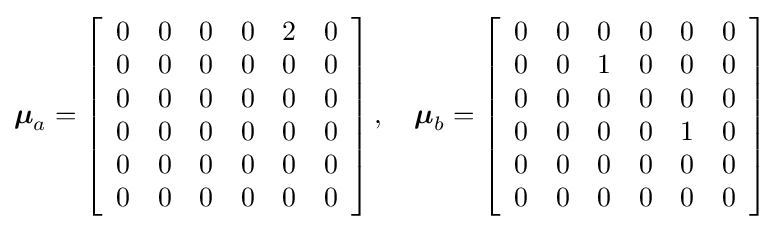
{\boldsymbol {\mu }}_{a}=\left[{\begin{array}{cccccc}0&0&0&0&2&0\\0&0&0&0&0&0\\0&0&0&0&0&0\\0&0&0&0&0&0\\0&0&0&0&0&0\\0&0&0&0&0&0\end{array}}\right],\quad {\boldsymbol {\mu }}_{b}=\left[{\begin{array}{cccccc}0&0&0&0&0&0\\0&0&1&0&0&0\\0&0&0&0&0&0\\0&0&0&0&1&0\\0&0&0&0&0&0\\0&0&0&0&0&0\end{array}}\right]